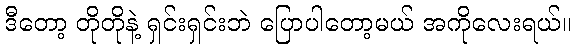
ဒီတော့ တိုတိုနဲ့ ရှင်းရှင်းဘဲ ပြောပါတော့မယ် အကိုလေးရယ်။